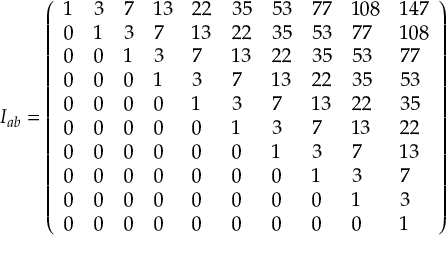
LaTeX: I _ { a b } = \left( \begin{array} { l l l l l l l l l l } { { 1 } } & { { 3 } } & { { 7 } } & { { 1 3 } } & { { 2 2 } } & { { 3 5 } } & { { 5 3 } } & { { 7 7 } } & { { 1 0 8 } } & { { 1 4 7 } } \\ { { 0 } } & { { 1 } } & { { 3 } } & { { 7 } } & { { 1 3 } } & { { 2 2 } } & { { 3 5 } } & { { 5 3 } } & { { 7 7 } } & { { 1 0 8 } } \\ { { 0 } } & { { 0 } } & { { 1 } } & { { 3 } } & { { 7 } } & { { 1 3 } } & { { 2 2 } } & { { 3 5 } } & { { 5 3 } } & { { 7 7 } } \\ { { 0 } } & { { 0 } } & { { 0 } } & { { 1 } } & { { 3 } } & { { 7 } } & { { 1 3 } } & { { 2 2 } } & { { 3 5 } } & { { 5 3 } } \\ { { 0 } } & { { 0 } } & { { 0 } } & { { 0 } } & { { 1 } } & { { 3 } } & { { 7 } } & { { 1 3 } } & { { 2 2 } } & { { 3 5 } } \\ { { 0 } } & { { 0 } } & { { 0 } } & { { 0 } } & { { 0 } } & { { 1 } } & { { 3 } } & { { 7 } } & { { 1 3 } } & { { 2 2 } } \\ { { 0 } } & { { 0 } } & { { 0 } } & { { 0 } } & { { 0 } } & { { 0 } } & { { 1 } } & { { 3 } } & { { 7 } } & { { 1 3 } } \\ { { 0 } } & { { 0 } } & { { 0 } } & { { 0 } } & { { 0 } } & { { 0 } } & { { 0 } } & { { 1 } } & { { 3 } } & { { 7 } } \\ { { 0 } } & { { 0 } } & { { 0 } } & { { 0 } } & { { 0 } } & { { 0 } } & { { 0 } } & { { 0 } } & { { 1 } } & { { 3 } } \\ { { 0 } } & { { 0 } } & { { 0 } } & { { 0 } } & { { 0 } } & { { 0 } } & { { 0 } } & { { 0 } } & { { 0 } } & { { 1 } } \end{array} \right)